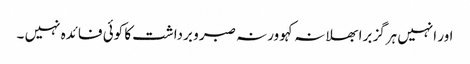
اور انہیں ہرگز برا بھلا نہ کہو ورنہ صبر و برداشت کا کوئی فائدہ نہیں ۔